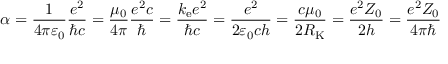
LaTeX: \alpha = { \frac { 1 } { 4 \pi \varepsilon _ { 0 } } } { \frac { e ^ { 2 } } { \hbar c } } = { \frac { \mu _ { 0 } } { 4 \pi } } { \frac { e ^ { 2 } c } { \hbar } } = { \frac { k _ { \mathrm { e } } e ^ { 2 } } { \hbar c } } = { \frac { e ^ { 2 } } { 2 \varepsilon _ { 0 } c h } } = { \frac { c \mu _ { 0 } } { 2 R _ { \mathrm { K } } } } = { \frac { e ^ { 2 } Z _ { 0 } } { 2 h } } = { \frac { e ^ { 2 } Z _ { 0 } } { 4 \pi \hbar } }